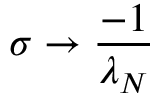
\sigma \to \frac { - 1 } { \lambda _ { N } }